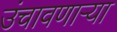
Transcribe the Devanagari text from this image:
उंचावणार्‍या